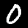
Digit: 0